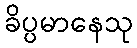
ခိပ္ပမာနေသု